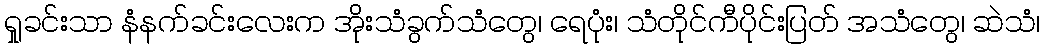
ရှုခင်းသာ နံနက်ခင်းလေးက အိုးသံခွက်သံတွေ၊ ရေပုံး၊ သံတိုင်ကီပိုင်းပြတ် အသံတွေ၊ ဆဲသံ၊